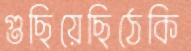
গুছিয়েছিঠেকি